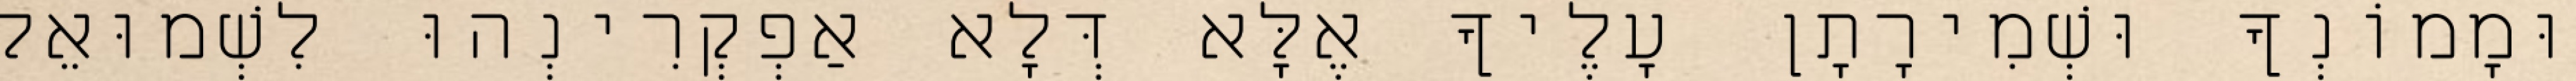
וּמָמוֹנְךָ וּשְׁמִירָתָן עָלֶיךָ אֶלָּא דְּלָא אַפְקְרִינְהוּ לִשְׁמוּאֵל